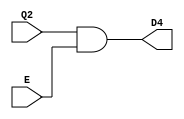
`timescale 1ns / 1ps
//////////////////////////////////////////////////////////////////////////////////
// Company: 
// Engineer: 
// 
// Design Name: 
// Module Name: Location6
// Project Name: 
// Target Devices: 
// Tool Versions: 
// Description: 
// 
// Dependencies: 
// 
// Revision:
// Revision 0.01 - File Created
// Additional Comments:
// 
//////////////////////////////////////////////////////////////////////////////////


module Location4(input E, Q2, output D4);

    assign D4 = Q2 & E;

endmodule